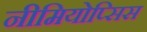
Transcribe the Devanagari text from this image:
नीमियोप्सिस